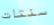
سنتات